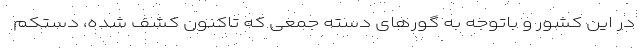
در این کشور و باتوجه به گورهای دسته جمعی که تاکنون کشف شده، دستکم